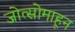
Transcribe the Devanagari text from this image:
जोत्सोमाहून